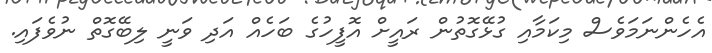
އެހެންނަމަވެސް މިކަމާއި ގުޅޭގޮތުން ރައީށް އޮފީހުގެ ބަހެއް އަދި ވަނީ ލިބޭގޮތް ނުވެފައި.